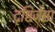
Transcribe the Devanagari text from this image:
दृष्टिजेष्ठा